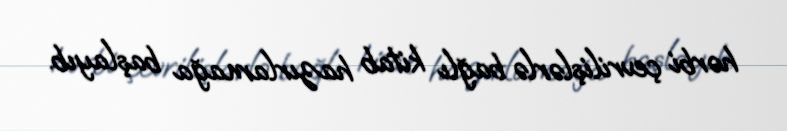
hərbi çevrilişlərlə bağlı kitab hazırlamağa başlayıb.